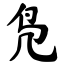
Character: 凫